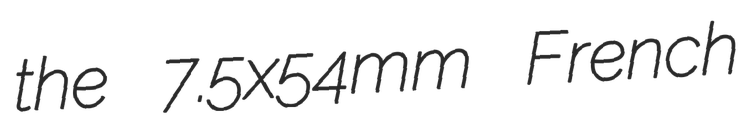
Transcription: the 7.5x54mm French